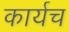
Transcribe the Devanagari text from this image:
कार्यच